Standards of the constituents of the urine and blood and the bearing of the metabolism of Bengalis on the problems of nutrition - Number 34
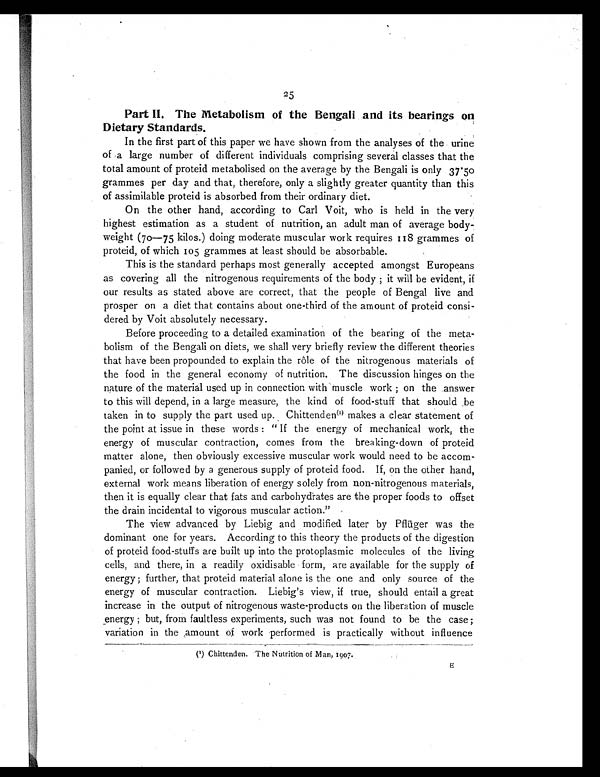
25
Part II. The Metabolism of the Bengali and its bearings on
Dietary Standards.
In the first part of this paper we have shown from the analyses of the urine
of a large number of different individuals comprising several classes that the
total amount of proteid metabolised on the average by the Bengali is only 37.50
grammes per day and that, therefore, only a slightly greater quantity than this
of assimilable proteid is absorbed from their ordinary diet.
On the other hand, according to Carl Voit, who is held in the very
highest estimation as a student of nutrition, an adult man of average body-
weight (70—75 kilos.) doing moderate muscular work requires 118 grammes of
proteid, of which 105 grammes at least should be absorbable.
This is the standard perhaps most generally accepted amongst Europeans
as covering all the nitrogenous requirements of the body ; it will be evident, if
our results as stated above are correct, that the people of Bengal live and
prosper on a diet that contains about one-third of the amount of proteid consi-
dered by Voit absolutely necessary.
Before proceeding to a detailed examination of the bearing of the meta-
bolism of the Bengali on diets, we shall very briefly review the different theories
that have been propounded to explain the rôle of the nitrogenous materials of
the food in the general economy of nutrition. The discussion hinges on the
nature of the material used up in connection with muscle work ; on the answer
to this will depend, in a large measure, the kind of food-stuff that should be
taken in to supply the part used up. Chittendee(1) makes a clear statement of
the point at issue in these words : " If the energy of mechanical work, the
energy of muscular contraction, comes from the breaking-down of proteid
matter alone, then obviously excessive muscular work would need to be accom-
panied, or followed by a generous supply of proteid food. If, on the other hand,
external work means liberation of energy solely from non-nitrogenous materials,
then it is equally clear that fats and carbohydrates are the proper foods to offset
the drain incidental to vigorous muscular action."
The view advanced by Liebig and modified later by Pflüger was the
dominant one for years. According to this theory the products of the digestion
of proteid food-stuffs are built up into the protoplasmic molecules of the living
cells, and there, in a readily oxidisable form, are available for the supply of
energy ; further, that proteid material alone is the one and only source of the
energy of muscular contraction. Liebig's view, if true, should entail a great
increase in the output of nitrogenous waste-products on the liberation of muscle
energy ; but, from faultless experiments, such was not found to be the case;
variation in the amount of work performed is practically without influence
(1) Chittenden. The Nutrition of Man, 1907.